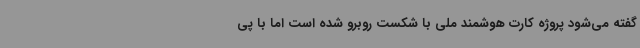
گفته می‌شود پروژه کارت هوشمند ملی با شکست روبرو شده است اما با پی